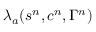
\ensuremath { \lambda } _ { a } ( s ^ { n } , c ^ { n } , \Gamma ^ { n } )